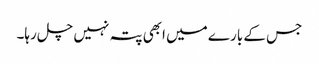
جس کے بارے میں ابھی پتہ نہیں چل رہا۔